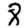
Digit: 8